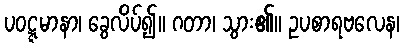
ပဝဋ္ဋမာနာ၊ ခွေလိပ်၍။ ဂတာ၊ သွား၏။ ဥပစာရဗလေန၊